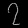
Digit: ၇